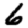
Digit: 6